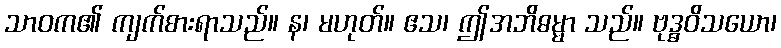
သာဝက၏ ကျက်စားရာသည်။ န၊ မဟုတ်။ ဧသ၊ ဤအဘိဓမ္မာ သည်။ ဗုဒ္ဓဝိသယော၊